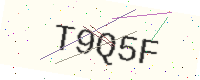
Text: T9Q5F